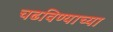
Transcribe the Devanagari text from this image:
चढविण्याच्या